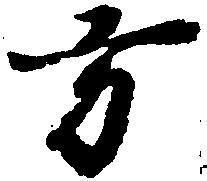
方